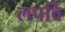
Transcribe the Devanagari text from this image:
लपवि